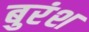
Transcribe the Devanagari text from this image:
बुरंश